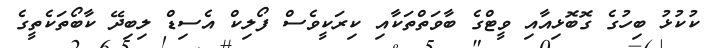
ކުކުޅު ބިހުގެ ގޮބޮޅިއާއި ވީޓްގެ ބާވަތްތަކާއި ކިރަކީވެސް ފޯލިކް އެސިޑް ލިބިދޭ ކާބޯތަކެތީގެ